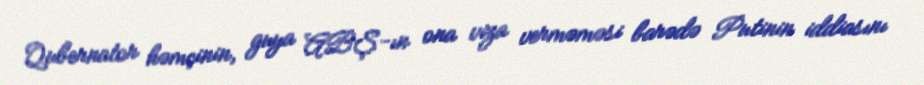
Qubernator həmçinin, guya ABŞ-ın ona viza verməməsi barədə Putinin iddiasını